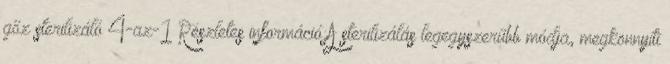
gőz sterilizáló 4-az-1 Részletes információ:A sterilizálás legegyszerűbb módja, megkönnyíti